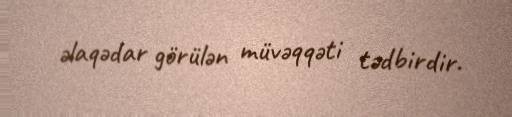
əlaqədar görülən müvəqqəti tədbirdir.